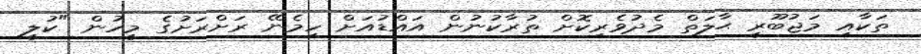
ތަކާއި މަޖުބޫރީ ޙާލަތް މެދުވެރިކޮށް ތުރާކުނުން އައްޑުއަށް ހިމެނޭ ރަށްރަށުގެ މީހުން "ކުލީ